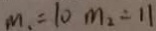
m _ { 1 } = 1 0 m _ { 2 } = 1 1